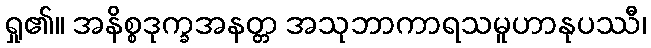
ရှု၏။ အနိစ္စဒုက္ခအနတ္တ အသုဘာကာရသမူဟာနုပဿီ၊